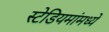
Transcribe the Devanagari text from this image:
स्टेडियमांमध्ये